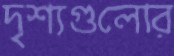
দৃশ্যগুলোর